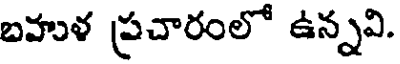
బహుళ ప్రచారంలో ఉన్నవి.